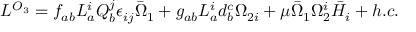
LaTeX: { \cal L } ^ { { \cal O } _ { 3 } } = f _ { a b } L _ { a } ^ { i } Q _ { b } ^ { j } \epsilon _ { i j } \bar { \Omega } _ { 1 } + g _ { a b } L _ { a } ^ { i } d _ { b } ^ { c } \Omega _ { 2 i } + \mu \bar { \Omega } _ { 1 } \Omega _ { 2 } ^ { i } \bar { H } _ { i } + h . c .